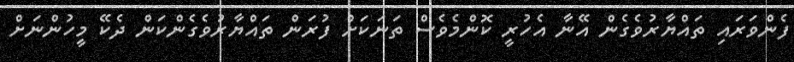
ފެންވަރައި ތައްޔާރުވެގެން އޭނާ އެހުރީ ކޮންމެވެސް ތަނަކަށް ފުރަން ތައްޔާރުވެގެންކަން ދެކޭ މީހުންނަށް